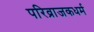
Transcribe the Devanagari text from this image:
परिव्राजकधर्म